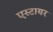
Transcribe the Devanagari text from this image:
एस्टायर